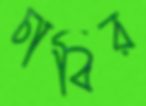
চাবির